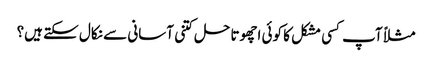
مثلاً آپ کسی مشکل کا کوئی اچھوتا حل کتنی آسانی سے نکال سکتے ہیں؟